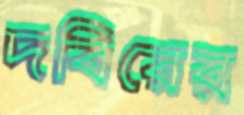
দবিরের